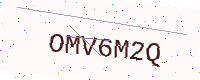
Text: OMV6M2Q